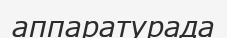
аппаратурада